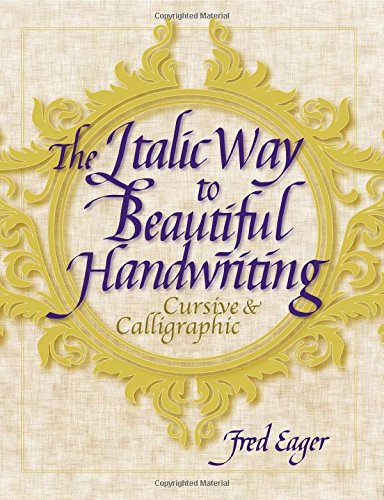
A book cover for The Italic Way to Beautiful Handwriting: Cursive and Calligraphic; Fred Eager; Arts & Photography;